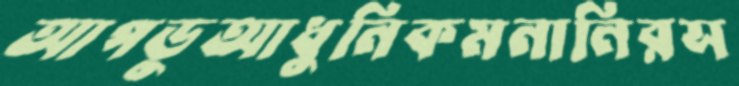
আপডুআধুনিকমনানিরস